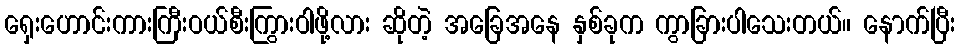
ရှေးဟောင်းကားကြီးဝယ်စီးကြွားဝါဖို့လား ဆိုတဲ့ အခြေအနေ နှစ်ခုက ကွာခြားပါသေးတယ်။ နောက်ပြီး